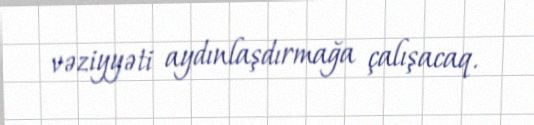
vəziyyəti aydınlaşdırmağa çalışacaq.